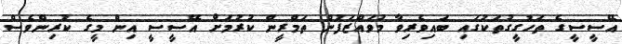
އޭސީސީގެ ތަހުގީގުތަކުގައި ބައިވެރިވާ މުވައްޒަފުން ތަމްރީން ކުރުމަށް އޭސީސީ އިން މީގެ ކުރިންވެސް